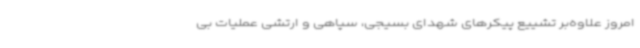
امروز علاوه‌بر تشییع پیکرهای شهدای بسیجی، سپاهی و ارتشی عملیات بی